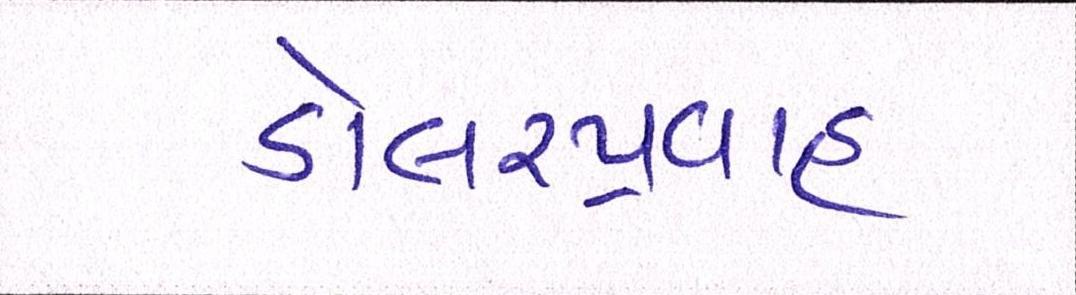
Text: ડોલરપ્રવાહ